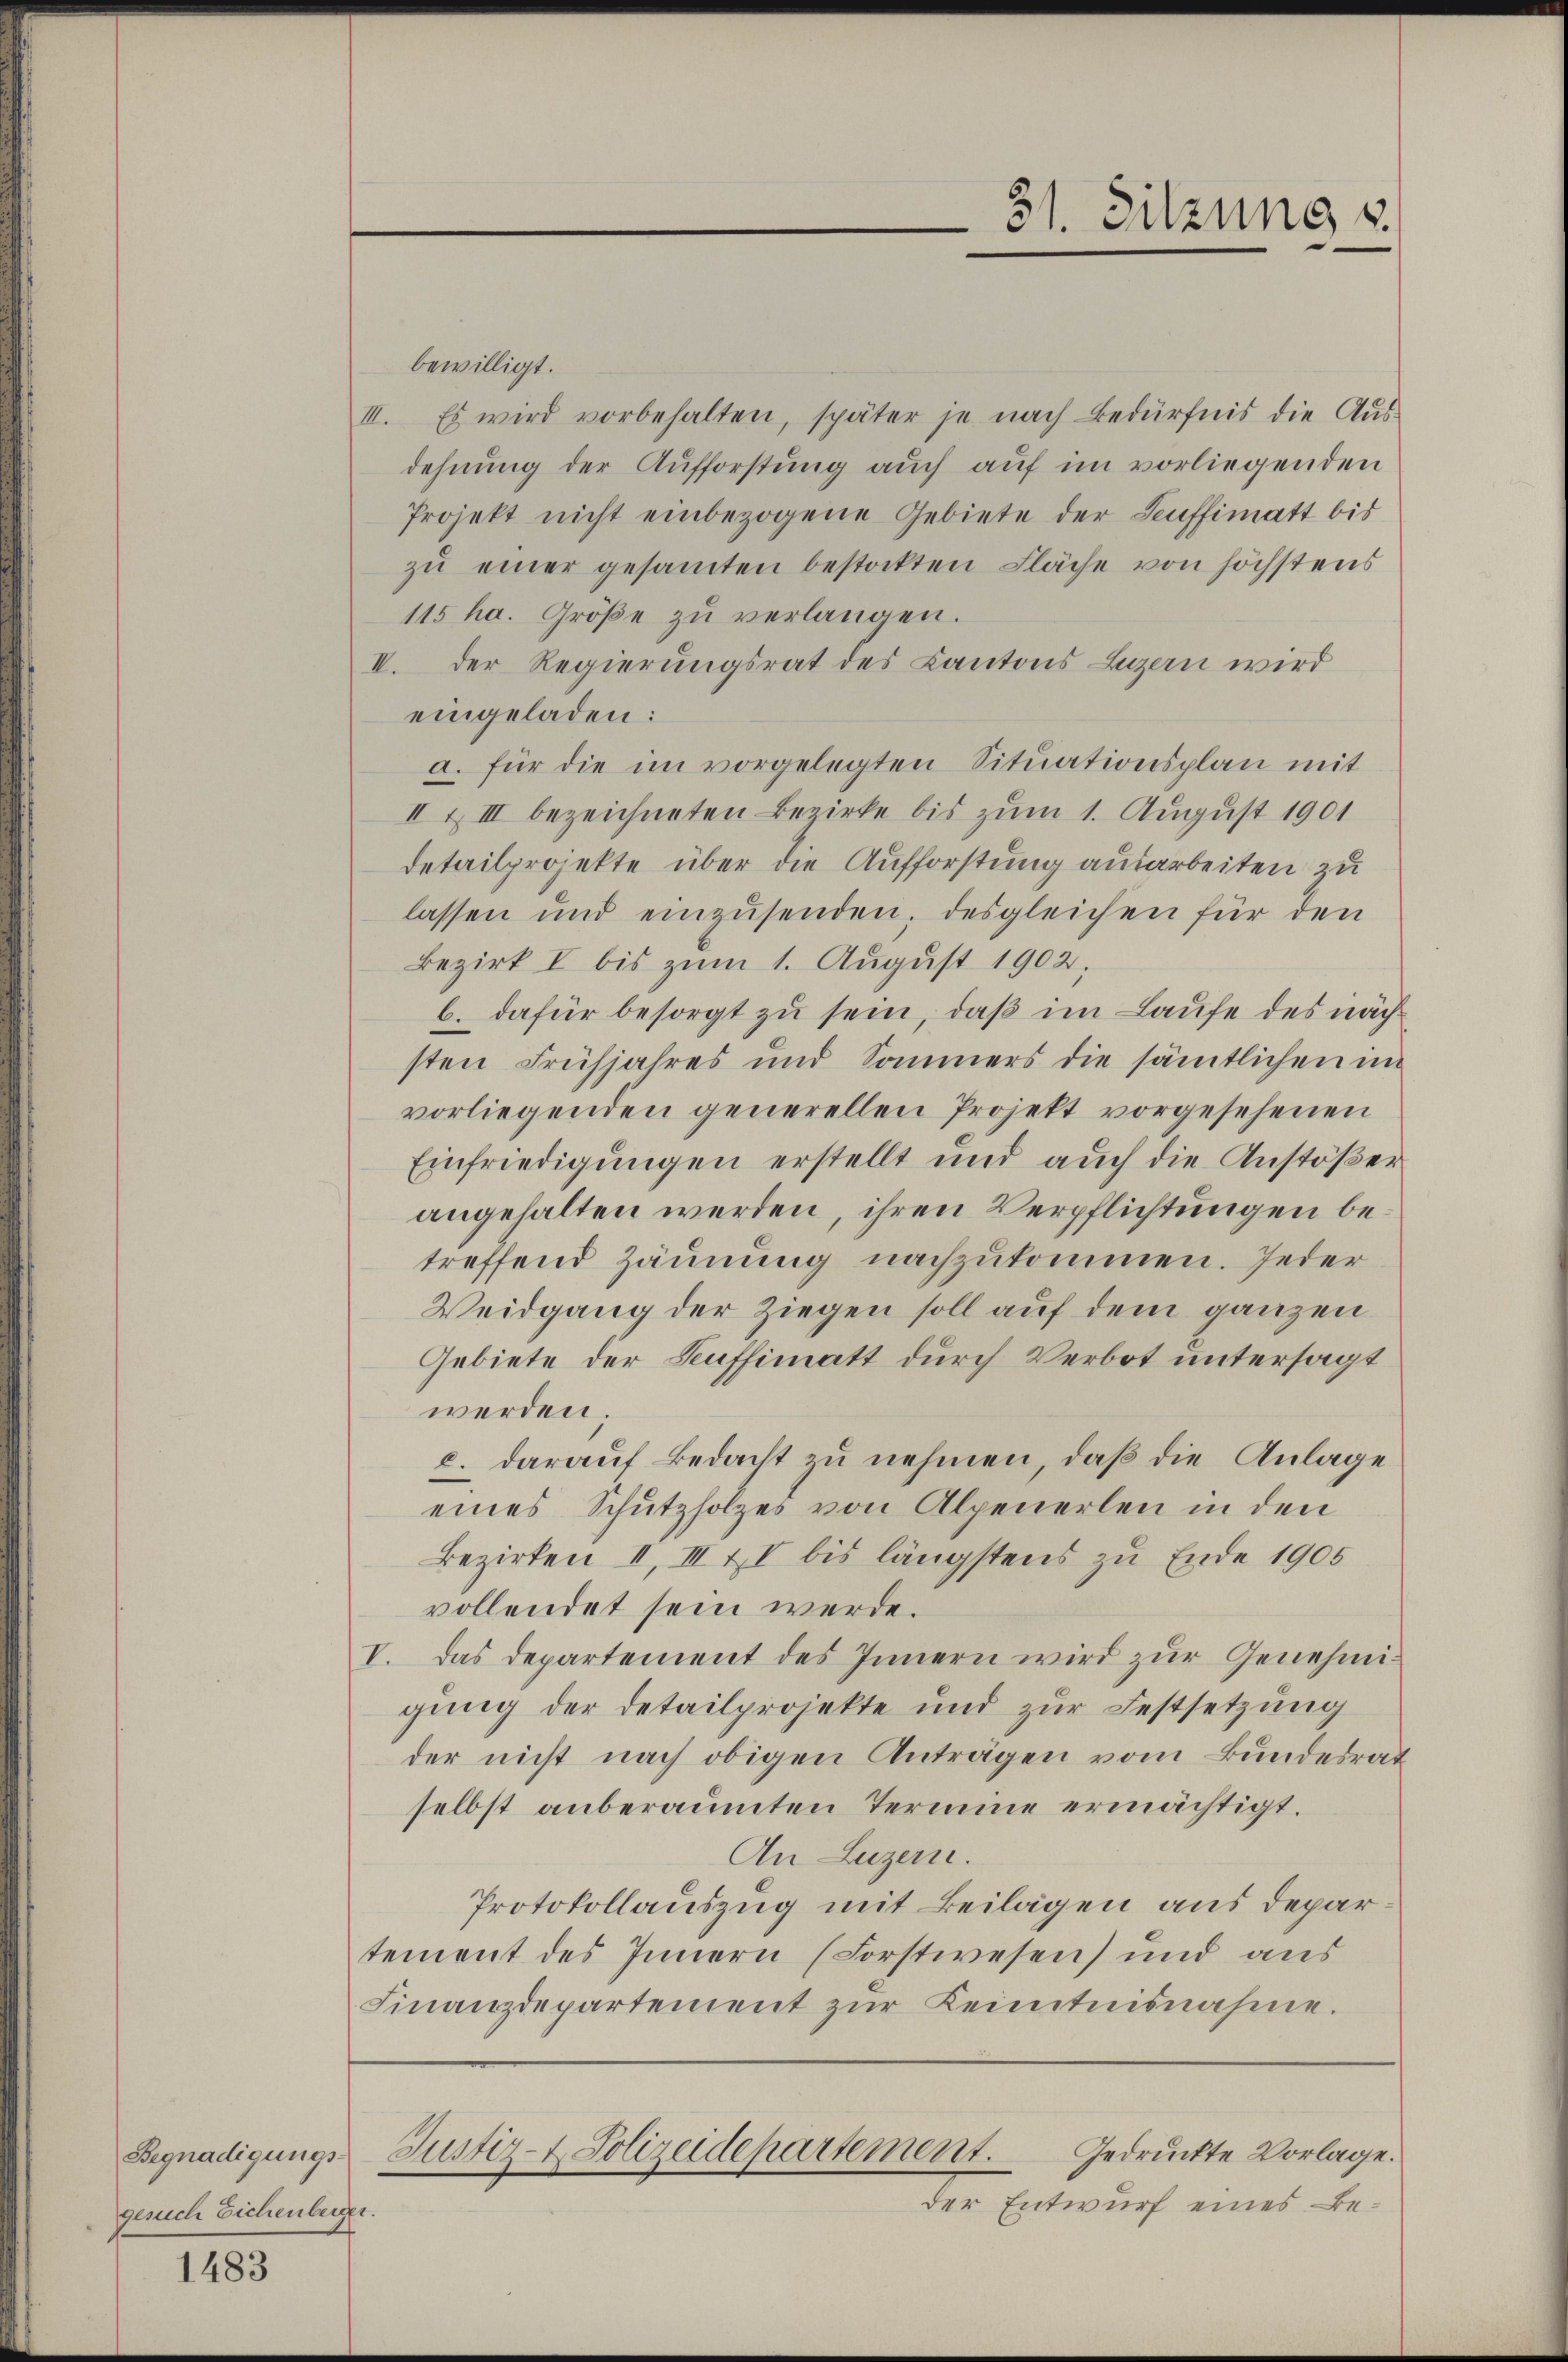
Begnadigungs-
gesuch Eichenberger.

1483

bewilligt.
III. Es wird vorbehalten, später je nach Bedürfnis die Aŭs-
dehnung der Aufforstung auch auf im vorliegenden
Projekt nicht einbezogene Gebiete der Seuffimatt bis
zŭ einer gesamten bestockten Fläche von höchstens
115 ha. Größe zu verlangen.
II. Der Regierungsrat des Kantons Luzern wird
eingeladen:
a. für die im vorgelegten Sitŭationsplan mit
II & III bezeichneten Bezirke bis zum 1. August 1901
detailprojekte über die Aufforstung ausarbeiten zu
lassen und einzŭsenden, desgleichen für den
Bezirk I bis zum 1. August 1902,
b. dafür besorgt zu sein, daß im Laufe des nächsten Frühjahres und Sommers die sämtlichen in
vorliegenden generellen Projekt vorgesehenen
Einfriedigungen erstellt und auch die Anstößer
angehalten werden, ihren Verpflichtungen betreffend Zäunung nachzukommen. Jeder
Weidgang der Ziegen soll auf dem ganzen
Gebiete der Seuffimatt durch Verbot untersagt
werden.
c. darauf Bedacht zu nehmen, daß die Anlage
eines Schutzholzes von Alpenerlen in den
Bezirken II, III II bis längstens zu Ende 1905
vollendet sein werde.
V. Das Departement des Innern wird zur Genehmigung der Detailprojekte und zur Festsetzung
der nicht nach obigen Anträgen vom Bundesrat
selbst anberaumten Termine ermächtigt.
An Luzern.
Protokollauszug mit Beilagen aus departement des Innern (Forstwesen) und aus
Finanzdepartement zŭr Kenntnisnahme.

Justiz- & Polizeidepartement.
Gedruckte Vorlage.

31. Sitzung v

der Entwurf eines Be¬